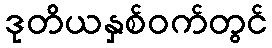
ဒုတိယနှစ်ဝက်တွင်